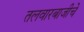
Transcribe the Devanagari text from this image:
तलवारबाजीचे